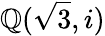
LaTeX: \mathbb{Q}({\sqrt{3}},i)